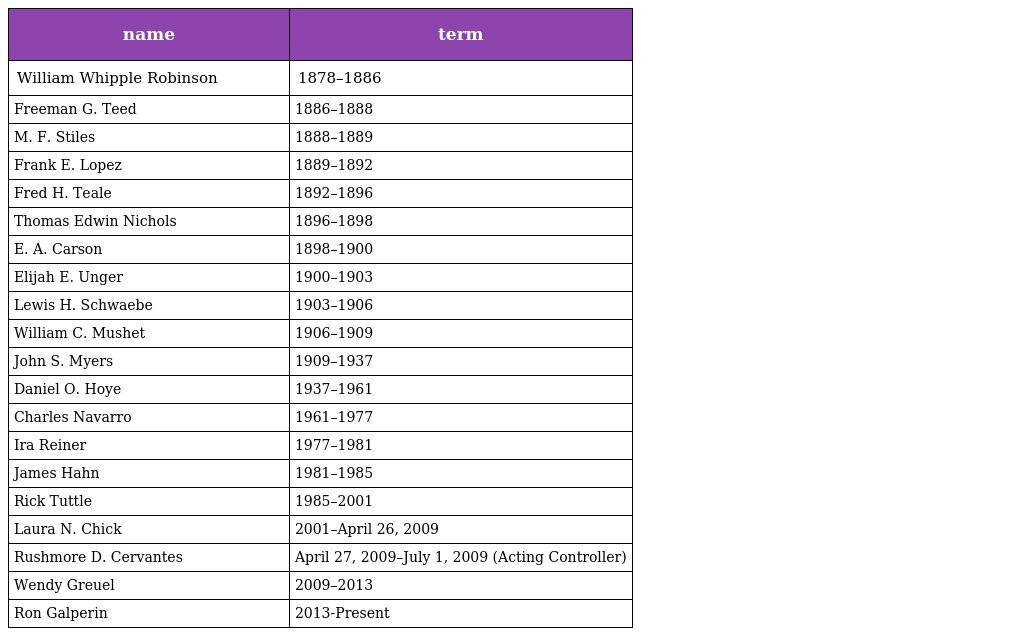
| name | term |
 | --- | --- |
 | William Whipple Robinson | 1878–1886 |
 | Freeman G. Teed | 1886–1888 |
 | M. F. Stiles | 1888–1889 |
 | Frank E. Lopez | 1889–1892 |
 | Fred H. Teale | 1892–1896 |
 | Thomas Edwin Nichols | 1896–1898 |
 | E. A. Carson | 1898–1900 |
 | Elijah E. Unger | 1900–1903 |
 | Lewis H. Schwaebe | 1903–1906 |
 | William C. Mushet | 1906–1909 |
 | John S. Myers | 1909–1937 |
 | Daniel O. Hoye | 1937–1961 |
 | Charles Navarro | 1961–1977 |
 | Ira Reiner | 1977–1981 |
 | James Hahn | 1981–1985 |
 | Rick Tuttle | 1985–2001 |
 | Laura N. Chick | 2001–April 26, 2009 |
 | Rushmore D. Cervantes | April 27, 2009–July 1, 2009 (Acting Controller) |
 | Wendy Greuel | 2009–2013 |
 | Ron Galperin | 2013-Present |